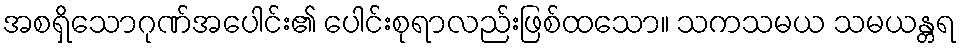
အစရှိသောဂုဏ်အပေါင်း၏ ပေါင်းစုရာလည်းဖြစ်ထသော။ သကသမယ သမယန္တရ